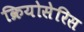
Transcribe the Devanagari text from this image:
क्रियोसेरिस